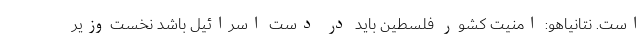
است. نتانیاهو: امنیت کشور فلسطینِ باید در دست اسرائیل باشد نخست‌وزیر